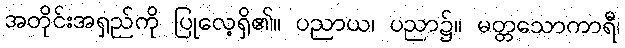
အတိုင်းအရှည်ကို ပြုလေ့ရှိ၏။ ပညာယ၊ ပညာ၌။ မတ္တသောကာရီ၊